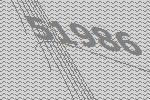
51986